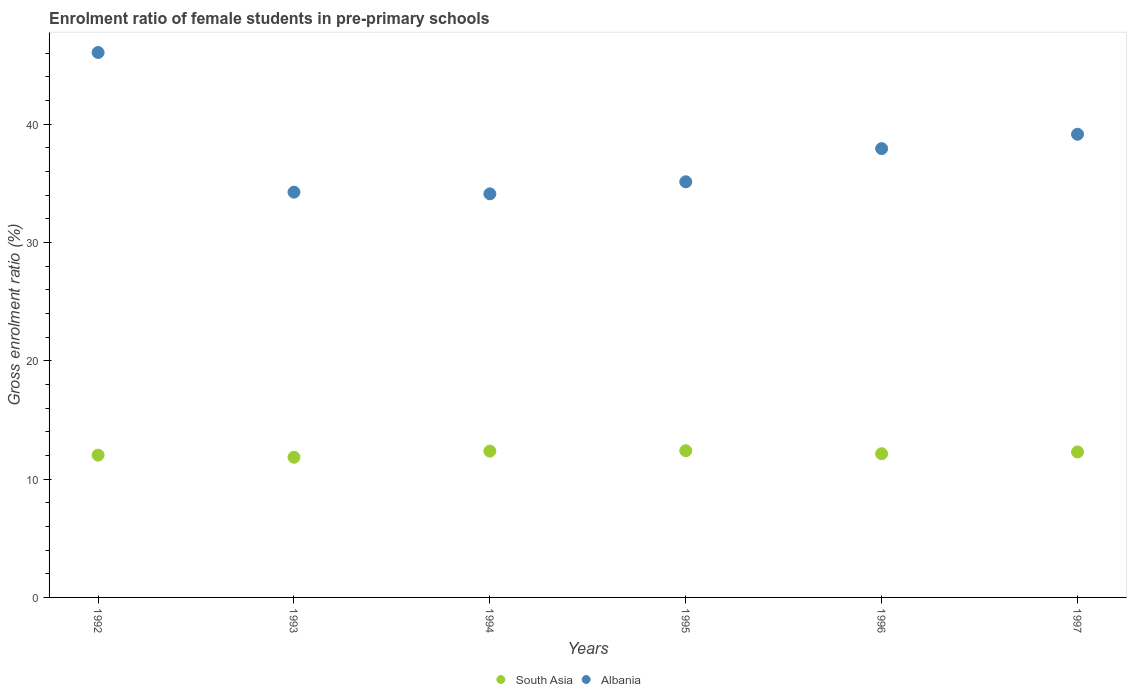
| Years | South Asia | Albania |
 | --- | --- | --- |
 | 1992 | 12 | 46.1 |
 | 1993 | 11.8 | 34.2 |
 | 1994 | 12.4 | 34.1 |
 | 1995 | 12.4 | 35.1 |
 | 1996 | 12.1 | 37.9 |
 | 1997 | 12.3 | 39.1 |